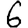
Digit: 6